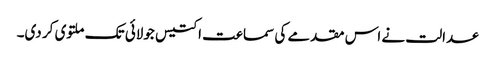
عدالت نے اس مقدمے کی سماعت اکتیس جولائی تک ملتوی کر دی۔